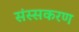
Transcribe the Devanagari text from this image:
संस्सकरण